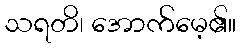
သရတိ၊ အောက်မေ့၏။